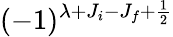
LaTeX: (-1)^{\lambda+J_{i}-J_{f}+\frac{1}{2}}